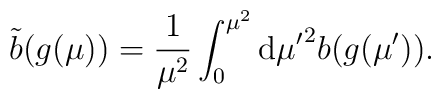
\tilde{b}(g(\mu ))=\frac{1}{\mu^2}\int_0^{\mu^2}{\rm d}{\mu^{\prime}}^2 b(g(\mu^{\prime})).